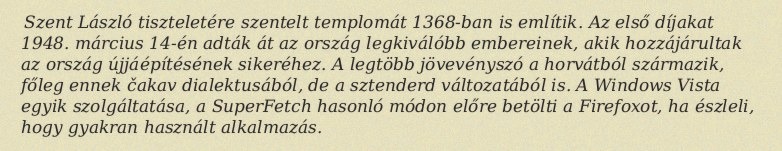
Szent László tiszteletére szentelt templomát 1368-ban is említik. Az első díjakat 1948. március 14-én adták át az ország legkiválóbb embereinek, akik hozzájárultak az ország újjáépítésének sikeréhez. A legtöbb jövevényszó a horvátból származik, főleg ennek čakav dialektusából, de a sztenderd változatából is. A Windows Vista egyik szolgáltatása, a SuperFetch hasonló módon előre betölti a Firefoxot, ha észleli, hogy gyakran használt alkalmazás.